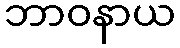
ဘာဝနာယ